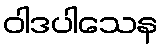
ဝါဒပါသေန